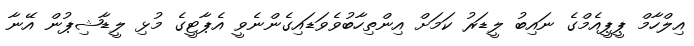
އިލްހާމް ޕީޕީއެމްގެ ނައިބު ލީޑަރު ކަމަށް އިންތިހާބުވެވަޑައިގެންނެވީ އެޕާޓީގެ މުޅި ލީޑާޝިޕުން އޭނާ